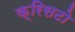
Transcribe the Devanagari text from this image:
क्रिसटो